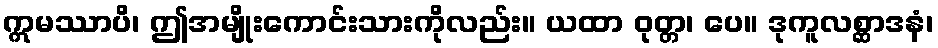
ဣမဿာပိ၊ ဤအမျိုးကောင်းသားကိုလည်း။ ယထာ ဝုတ္တ၊ ပေ။ ဒုကူလစ္ဆာဒနံ၊